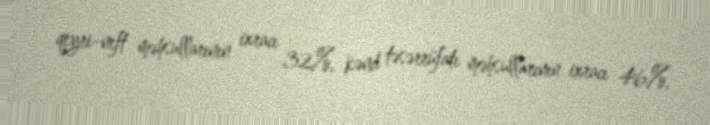
qeyri-neft məhsullarının ixracı 32%, kənd təsərrüfatı məhsullarının ixracı 46%,